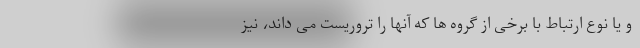
و یا نوع ارتباط با برخی از گروه ها که آنها را تروریست می داند، نیز